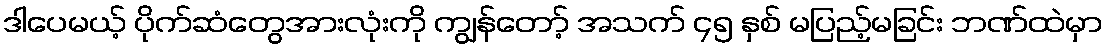
ဒါပေမယ့် ပိုက်ဆံတွေအားလုံးကို ကျွန်တော့် အသက် ၄၅ နှစ် မပြည့်မခြင်း ဘဏ်ထဲမှာ